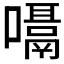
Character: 𪢙